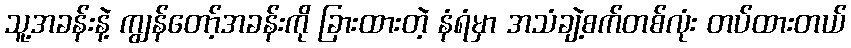
သူ့အခန်းနဲ့ ကျွန်တော့်အခန်းကို ခြားထားတဲ့ နံရံမှာ အသံချဲ့စက်တစ်လုံး တပ်ထားတယ်